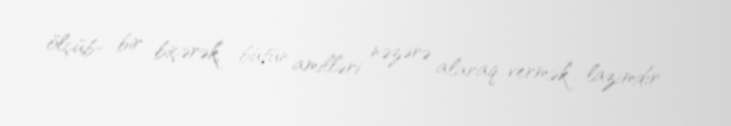
ölçüb- bir biçərək, bütün amilləri nəzərə alaraq vermək lazımdır.